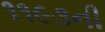
૧૧૯૩ની